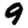
Digit: 9